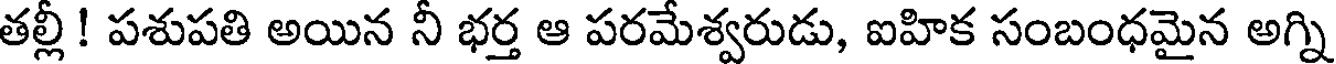
తల్లీ ! పశుపతి అయిన నీ భర్త ఆ పరమేశ్వరుడు, ఐహిక సంబంధమైన అగ్ని